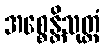
အစ္စေန္တိသုတ္တံ